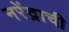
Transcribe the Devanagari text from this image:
नरेंद्राची